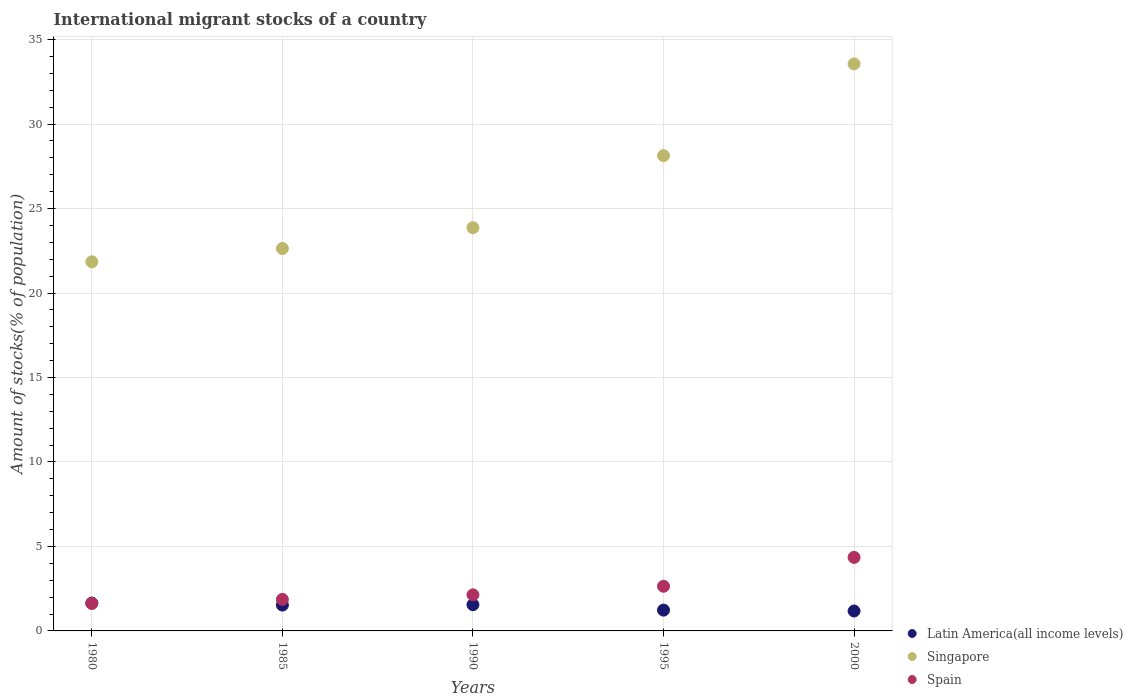
| Years | Latin America(all income levels) | Singapore | Spain |
 | --- | --- | --- | --- |
 | 1980 | 1.65 | 21.9 | 1.63 |
 | 1985 | 1.53 | 22.6 | 1.87 |
 | 1990 | 1.55 | 23.9 | 2.14 |
 | 1995 | 1.23 | 28.1 | 2.64 |
 | 2000 | 1.18 | 33.6 | 4.35 |